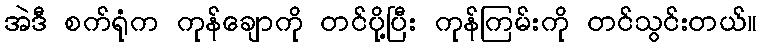
အဲဒီ စက်ရုံက ကုန်ချောကို တင်ပို့ပြီး ကုန်ကြမ်းကို တင်သွင်းတယ်။